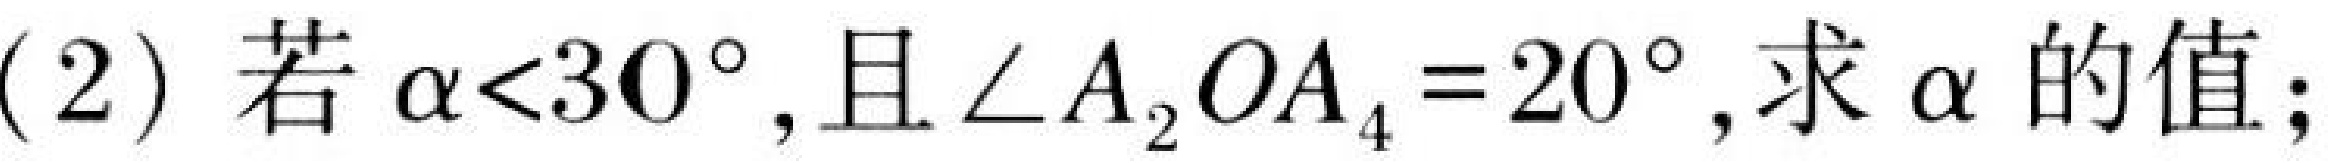
(2) 若\(\alpha<30^{\circ}\),且\(\angle A_{2}OA_{4}=20^{\circ}\),求\(\alpha\)的值；